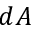
d A